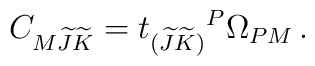
C_{M\widetilde J \widetilde K} = t_{(\widetilde{J} \widetilde{K})}{}^P\Omega_{ PM}\,.